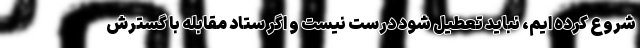
شروع کرده ایم، نباید تعطیل شود درست نیست و اگر ستاد مقابله با گسترش